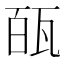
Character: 㼣